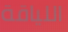
اللياقة